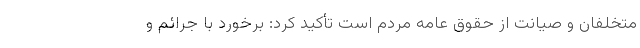
متخلفان و صیانت از حقوق عامه مردم است تأکید کرد: برخورد با جرائم و